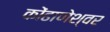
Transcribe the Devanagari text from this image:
कोंढाणेश्वर